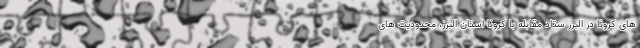
های کرونا در البرز ستاد مقابله با کرونا استان البرز، محدودیت های